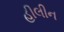
હીલીન